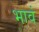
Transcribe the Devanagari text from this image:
भावं